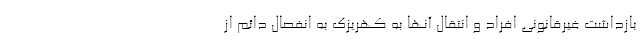
بازداشت غیرقانونی افراد و انتقال آنها به کهریزک به انفصال دائم از